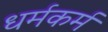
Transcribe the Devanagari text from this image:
धर्मकर्म